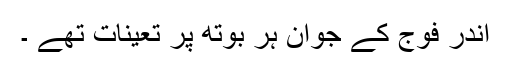
اندر فوج کے جوان ہر بوتھ پر تعینات تھے ۔